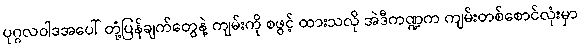
ပုဂ္ဂလဝါဒအပေါ် တုံ့ပြန်ချက်တွေနဲ့ ကျမ်းကို စဖွင့် ထားသလို အဲဒီကဏ္ဍက ကျမ်းတစ်စောင်လုံးမှာ